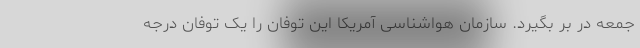
جمعه در بر بگیرد. سازمان هواشناسی آمریکا این توفان را یک توفان درجه